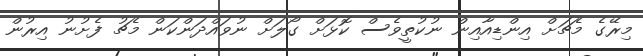
މިރޭގެ މެޗަށް އިންޑިއާއިން ނުކުތީވެސް ކޮޅަށް ގޯލަށް ނުވައްދަންކަން މެޗު ފެށުނު އިރުން